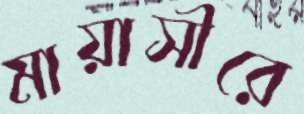
মায়াসীরে